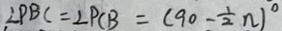
\angle P B C = \angle P C B = ( 9 0 - \frac { 1 } { 2 } n ) ^ { \circ }